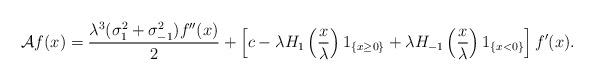
LaTeX: \begin{align*}\mathcal{A}f(x) = \frac{\lambda^3(\sigma_1^2+\sigma_{-1}^2) f''(x)}{2} + \left[c - \lambda H_1\left(\frac{x}{\lambda}\right) 1_{\{x\ge 0\}} + \lambda H_{-1}\left(\frac{x}{\lambda}\right) 1_{\{x<0\}} \right] f'(x).\end{align*}